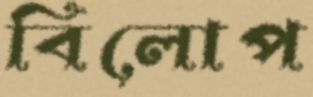
বিলোপ